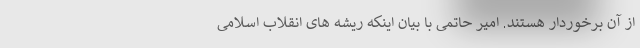
از آن برخوردار هستند. امیر حاتمی با بیان اینکه ریشه های انقلاب اسلامی